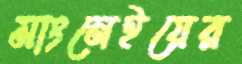
মাংনেইয়ের